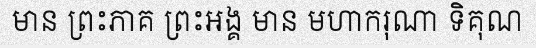
មាន ព្រះភាគ ព្រះអង្គ មាន មហាករុណា ទិគុណ